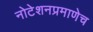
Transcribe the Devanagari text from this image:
नोटेशनप्रमाणेच